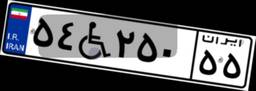
۵۴W۲۵۰۵۵